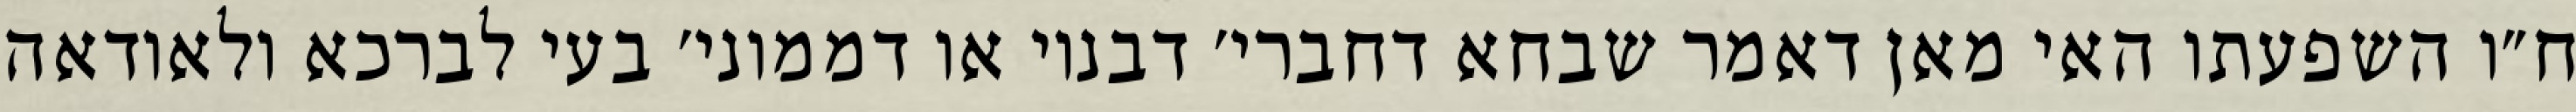
ח״ו השפעתו האי מאן דאמר שבחא דחברי׳ דבנוי או דממוני׳ בעי לברכא ולאודאה